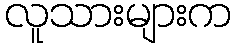
လူသားများက